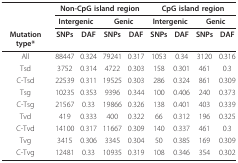
<table><thead><tr><td></td><td colspan="4"><b>Non-CpG island region</b></td><td colspan="4"><b>CpG island region</b></td></tr><tr><td></td><td colspan="2"><b>Intergenic</b></td><td colspan="2"><b>Genic</b></td><td colspan="2"><b>Intergenic</b></td><td colspan="2"><b>Genic</b></td></tr><tr><td><b>Mutation type*</b></td><td><b>SNPs</b></td><td><b>DAF</b></td><td><b>SNPs</b></td><td><b>DAF</b></td><td><b>SNPs</b></td><td><b>DAF</b></td><td><b>SNPs</b></td><td><b>DAF</b></td></tr></thead><tbody><tr><td>All</td><td>88447</td><td>0.324</td><td>79241</td><td>0.317</td><td>1053</td><td>0.34</td><td>3120</td><td>0.316</td></tr><tr><td>Tsd</td><td>3752</td><td>0.314</td><td>4722</td><td>0.303</td><td>158</td><td>0.301</td><td>461</td><td>0.3</td></tr><tr><td>C-Tsd</td><td>22539</td><td>0.311</td><td>19525</td><td>0.303</td><td>286</td><td>0.324</td><td>861</td><td>0.309</td></tr><tr><td>Tsg</td><td>10235</td><td>0.353</td><td>9396</td><td>0.344</td><td>100</td><td>0.406</td><td>240</td><td>0.373</td></tr><tr><td>C-Tsg</td><td>21567</td><td>0.33</td><td>19866</td><td>0.326</td><td>138</td><td>0.401</td><td>403</td><td>0.339</td></tr><tr><td>Tvd</td><td>419</td><td>0.333</td><td>400</td><td>0.322</td><td>66</td><td>0.312</td><td>196</td><td>0.325</td></tr><tr><td>C-Tvd</td><td>14100</td><td>0.317</td><td>11667</td><td>0.309</td><td>140</td><td>0.337</td><td>461</td><td>0.3</td></tr><tr><td>Tvg</td><td>3415</td><td>0.306</td><td>3345</td><td>0.304</td><td>50</td><td>0.385</td><td>169</td><td>0.309</td></tr><tr><td>C-Tvg</td><td>12481</td><td>0.33</td><td>10935</td><td>0.319</td><td>108</td><td>0.346</td><td>354</td><td>0.302</td></tr></tbody></table>